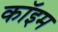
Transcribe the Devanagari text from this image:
कॉइम